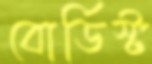
বোর্ডিস্ট